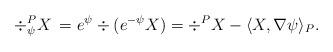
LaTeX: \begin{align*}\div^{P}_{\psi}X \, = e^{\psi} \div (e^{-\psi} X) = \div^{P} X - \langle X, \nabla \psi\rangle_{P}.\end{align*}